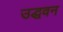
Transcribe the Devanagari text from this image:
उद्धवन